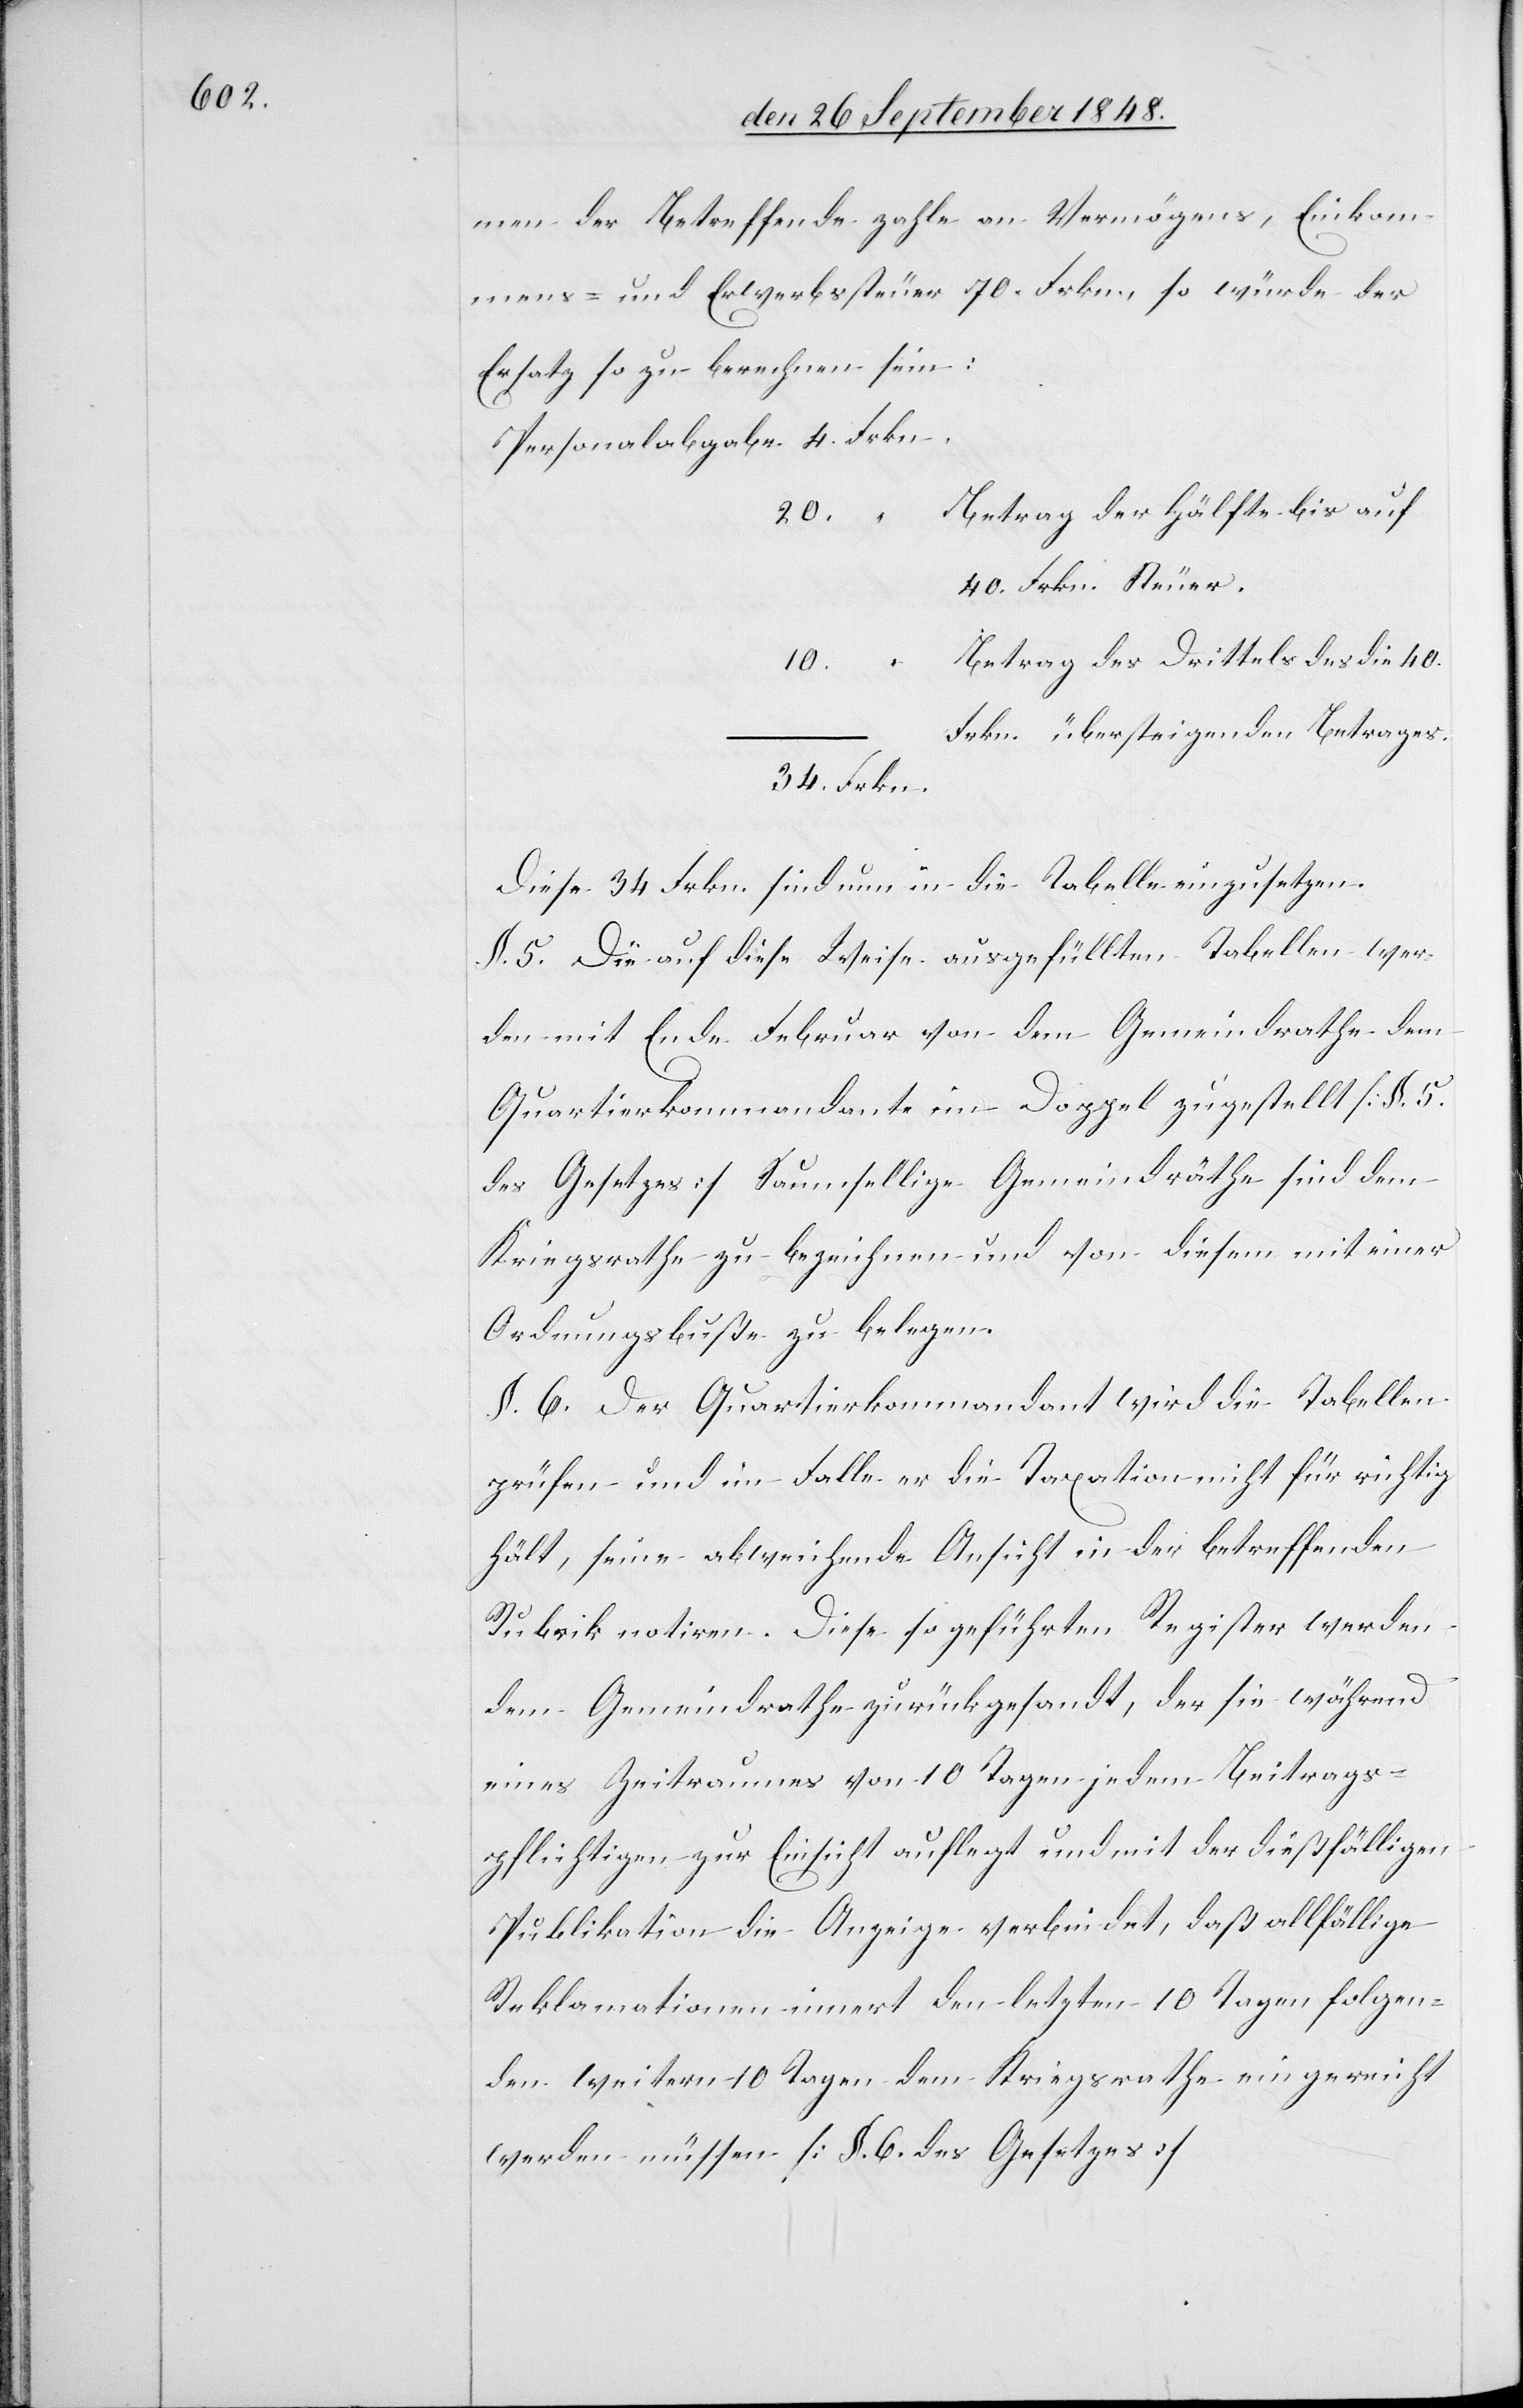
men der Betreffende zahle an Vermögens, Einkom¬
mens- und Erwerbssteuer 70. Frkn. so würde der
Ersatz so zu berechnen sein:
Betrag der Hälfte bis auf
20.
40. Frkn. Steuer.
Betrag des Drittels des die 40.
10.
Frkn. übersteigenden Betrages.
Diese 34. Frkn. sind nun in die Tabelle einzusetzen.
§. 5. Die auf diese Weise ausgefüllten Tabellen wer¬
den mit Ende Februar von dem Gemeindrathe dem
Quartierkommandant im Doppel zugestellt [§. 5.
des Gesetzes] Saumsellige Gemeindräthe sind dem
Kriegsrathe zu bezeichnen und von diesem mit einer
Ordnungsbuße zu belegen.
§. 6. Der Quartierkommandant wird die Tabellen
prüfen und im Falle er die Taxation nicht für richtig
hält, seine abweichende Ansicht in der betreffenden
Rubrik notiren. Diese so geführten Register werden
dem Gemeindrathe zurückgesandt, der sie während
eines Zeitraumes von 10. Tagen jedem Beitrags¬
pflichtigen zur Einsicht auflegt und mit der dießfälligen
Publikation die Anzeige verbindet, daß allfällige
Reklamationen innert den letzten 10. Tagen dem
werden müssen. [§. 6. des Gesetzes.]